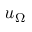
u _ { \Omega }